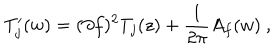
LaTeX: T _ { j } ^ { \prime } ( w ) = ( \partial f ) ^ { 2 } T _ { j } ( z ) + { \frac { 1 } { 2 \pi } } A _ { f } ( w ) ~ ,